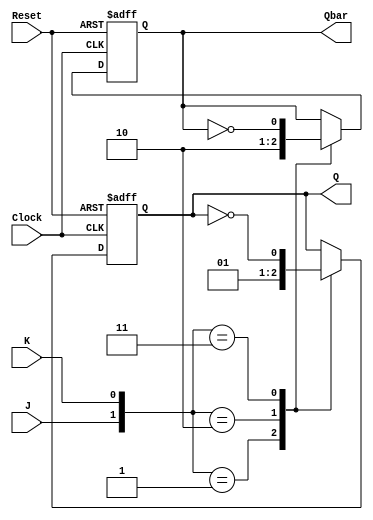
module neg_edge_JK_ff (
    input J, 
    input K, 
    input Clock,
    input Reset,
    output reg Q,
    output reg Qbar
);

always @(posedge Clock or negedge Reset) begin
    if (Reset == 0) begin
        Q <= 0;
        Qbar <= 1;
    end else begin
        case ({J, K})
            2'b00: ; // no change in state
            2'b01: begin // reset state
                Q <= 0;
                Qbar <= 1;
            end
            2'b10: begin // set state
                Q <= 1;
                Qbar <= 0;
            end
            2'b11: begin
                Q <= ~Q;
                Qbar <= ~Qbar;
            end
        endcase
    end
end

endmodule